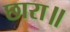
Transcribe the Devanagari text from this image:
छारा॥